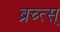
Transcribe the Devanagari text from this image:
ब्रच्त्स्